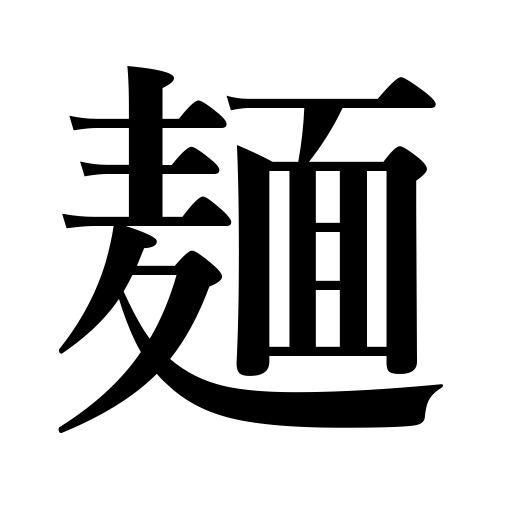
Meanings: wheat flour,noodles